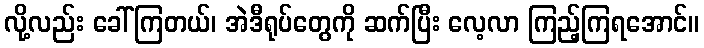
လို့လည်း ခေါ်ကြတယ်၊ အဲဒီရုပ်တွေကို ဆက်ပြီး လေ့လာ ကြည့်ကြရအောင်။